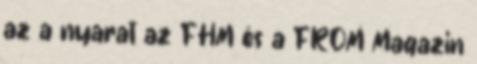
az a nyarat az FHM és a FROM Magazin